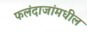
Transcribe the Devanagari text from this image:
फलंदाजांमधील